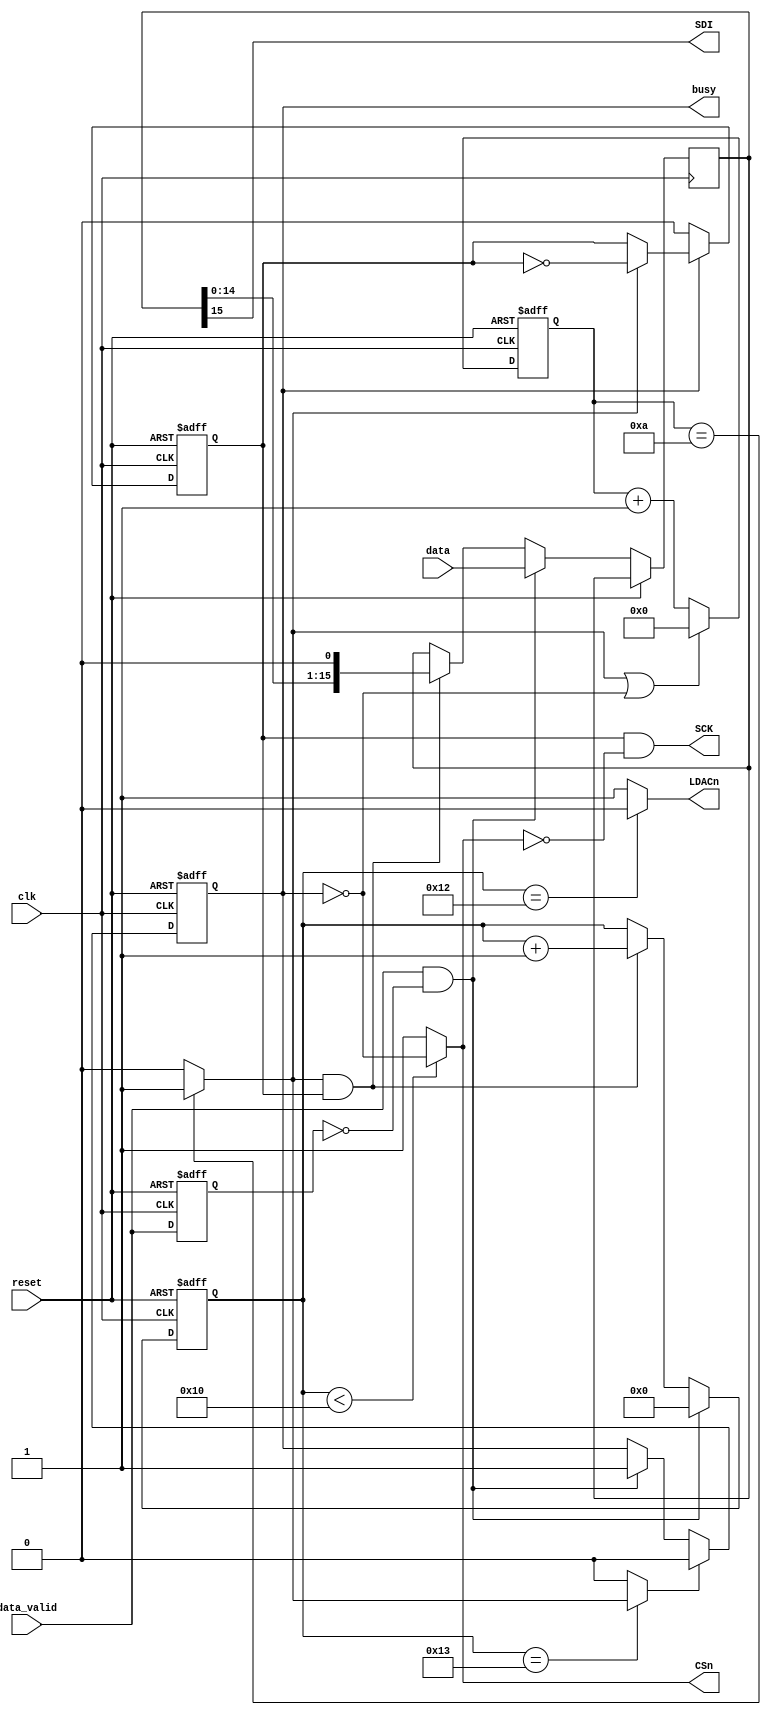
module mcp4812(
    input clk, 
    input reset,

    input [15:0] data,
    input data_valid,
    output busy,

    output CSn,
    output SCK,
    output SDI,
    output LDACn
);

    localparam max_div_cnt = 10;

    reg data_valid_z;
    reg work;
    reg [3:0] state;
    wire end_work;
    reg [7:0] clk_div_cnt;
    wire clk_div_cnt_ov;
    reg [4:0] bit_cnt;
    reg sck_int;
    reg [15:0] shift_reg;

    assign end_work = (bit_cnt == 19) ? clk_div_cnt_ov : 0;
    assign clk_div_cnt_ov = (clk_div_cnt == max_div_cnt) ? 1 : 0;
    assign SCK      = sck_int && !CSn;
    assign CSn      = (bit_cnt < 16) ? ~work : 1;
    assign SDI      = shift_reg[15];
    assign LDACn    = (bit_cnt == 18) ? 0 : 1;
    assign busy     = work;

    always @(posedge clk or posedge reset) begin
        if (reset == 1) begin
            work <= 0;
            data_valid_z <= 0;
            clk_div_cnt <= 0;
            bit_cnt <= 0;
            sck_int <= 0;
            work <= 0;
        end else begin
            data_valid_z <= data_valid;

            if (work == 0) begin
                sck_int <= 0;
            end else if (clk_div_cnt_ov == 1) begin
                sck_int <= ~sck_int;
            end

            if (end_work == 1) begin
                work <= 0;
            end else if (data_valid == 1 && data_valid_z == 0) begin
                work <= 1;
            end

            if (data_valid == 1 && data_valid_z == 0) begin
                shift_reg <= data;
                bit_cnt <= 0;
            end else if (clk_div_cnt_ov == 1 && sck_int == 1) begin
                shift_reg <= {shift_reg[14:0], 1'b0};
                bit_cnt <= bit_cnt + 1;
            end

            if (clk_div_cnt_ov == 1 || work == 0) begin
                clk_div_cnt <= 0;
            end else begin
                clk_div_cnt <= clk_div_cnt + 1;
            end
        end
    end


endmodule